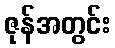
ဇုန်အတွင်း